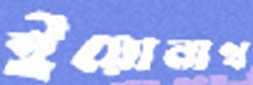
ইয়োনাথ